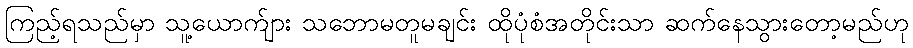
ကြည့်ရသည်မှာ သူ့ယောက်ျား သဘောမတူမချင်း ထိုပုံစံအတိုင်းသာ ဆက်နေသွားတော့မည်ဟု